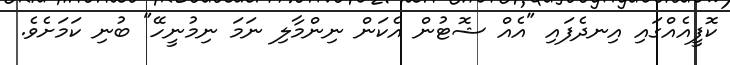
ކޮފީއެއްގައި އިނދެފައި "އެއް ޝޮޓުން އެކަން ނިންމާލި ނަމަ ނިމުނީހޭ" ބުނި ކަމަށެވެ.